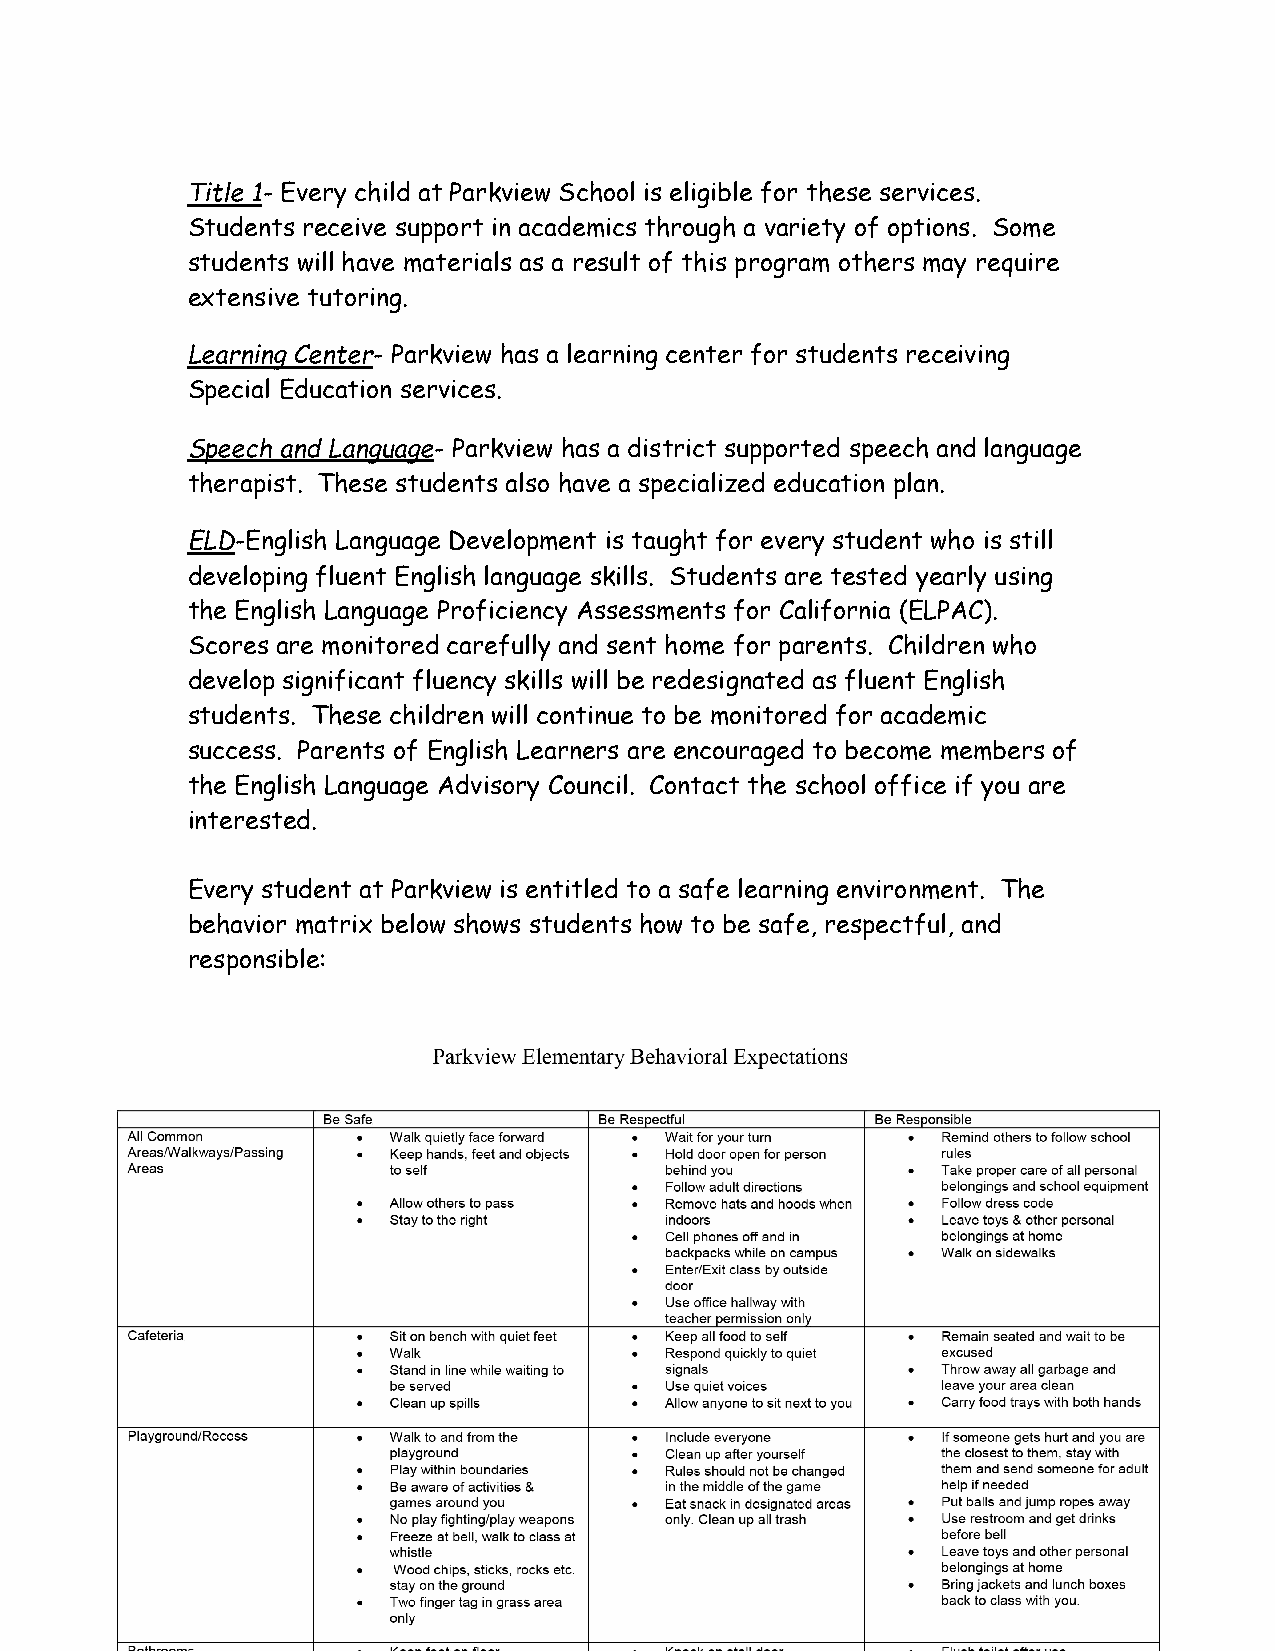
Title 1- Every child at Parkview School is eligible for these services.
 Students receive support in academics through a variety of options. Some
 students will have materials as a result of this program others may require
 extensive tutoring.
 Learning Center- Parkview has a learning center for students receiving
 Special Education services.
 Speech and Language- Parkview has a district supported speech and language
 therapist. These students also have a specialized education plan.
 ELD-English Language Development is taught for every student who is still
 developing fluent English language skills. Students are tested yearly using
 the English Language Proficiency Assessments for California (ELPAC).
 Scores are monitored carefully and sent home for parents. Children who
 develop significant fluency skills will be redesignated as fluent English
 students. These children will continue to be monitored for academic
 success. Parents of English Learners are encouraged to become members of
 the English Language Advisory Council. Contact the school office if you are
 interested.
 Every student at Parkview is entitled to a safe learning environment. The
 behavior matrix below shows students how to be safe, respectful, and
 responsible:
 7-30-19